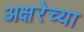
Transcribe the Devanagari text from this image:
अक्षरेच्या